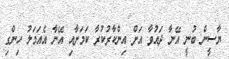
ޔާސީން ބުނީ އޭނާ ދައުވާ އަށް އިންކާރުކުރާ ކަމަށާއި އޭނާ އެއަމަލު ހިންގި